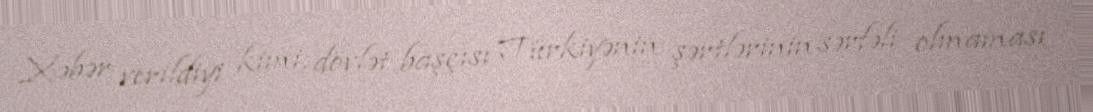
Xəbər verildiyi kimi, dövlət başçısı Türkiyənin şərtlərinin sərfəli olmaması